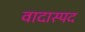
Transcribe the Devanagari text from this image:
वादास्पद